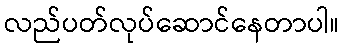
လည်ပတ်လုပ်ဆောင်နေတာပါ။